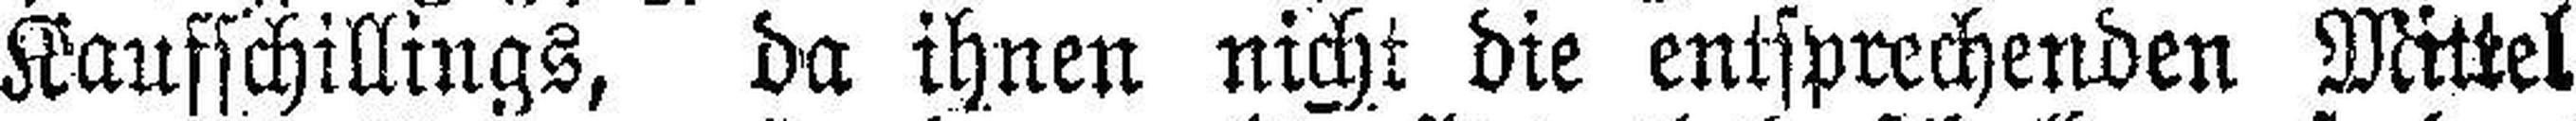
Kaufschillings, da ihnen nicht die entsprechenden Mittel